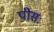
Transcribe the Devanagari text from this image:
पीसः